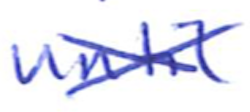
Text: until
Cross-out: cross
Writing tool: ballpoint